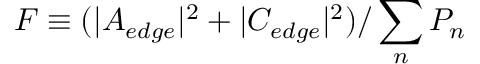
F \equiv ( | A _ { e d g e } | ^ { 2 } + | C _ { e d g e } | ^ { 2 } ) / \sum _ { n } P _ { n }